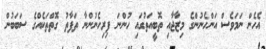
އެހެން ނަމަވެސް އަންހެނުންގެ މިޒާޖާއި ތޮބީއަތުގައި ހުންނަ ފިރިހެނުންނާ ތަފާތު ގޮތްތަކެއްގެ ސަބަބުން